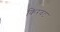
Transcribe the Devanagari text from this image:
किरवंट